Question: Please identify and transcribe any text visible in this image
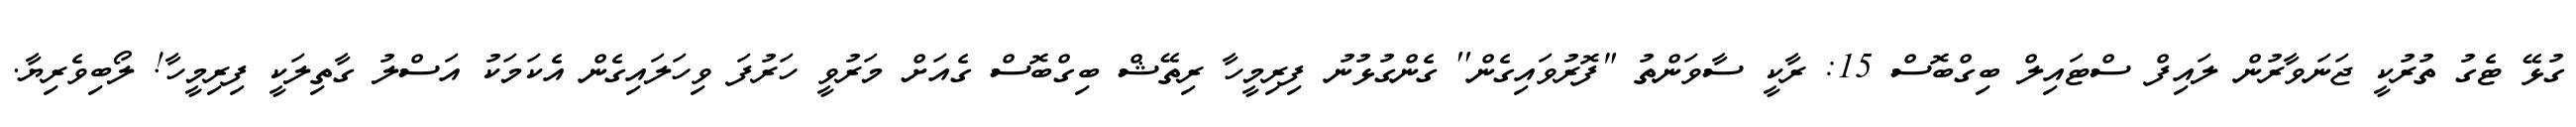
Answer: ގުޅޭ ޓެގު ތުރުކީ ޖަނަވާރުން ލައިފް ސްޓައިލް ބިގްބޮސް 15: ރާކީ ސާވަންތު "ފޮރުވައިގެން'' ގެންގުޅުނު ފިރިމީހާ ރިތޭޝް ބިގްބޮސް ގެއަށް މަރުވީ ހަރުފަ ވިހަލައިގެން އެކަމަކު އަސްލު ގާތިލަކީ ފިރިމީހާ! ލޯބިވެރިޔާ.